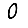
Digit: 0